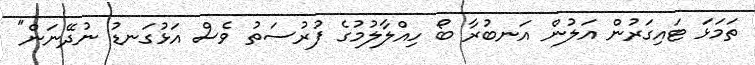
ތަމަޅަ ޓައިގަރުން އަލުން އަނބުރާ ބޯ ހިއްލާލުމުގެ ފުރުސަތު ވެސް އަޅުގަނޑު ނުދޭނަން"